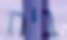
ביח